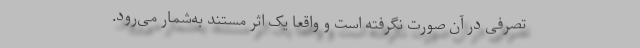
تصرفی در آن صورت نگرفته است و واقعاً یک اثر مستند به‌شمار می‌رود.